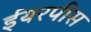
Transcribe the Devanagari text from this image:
ईयरपीस